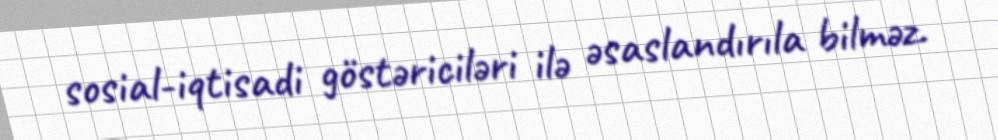
sosial-iqtisadi göstəriciləri ilə əsaslandırıla bilməz.